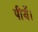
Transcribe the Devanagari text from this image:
पीयें।